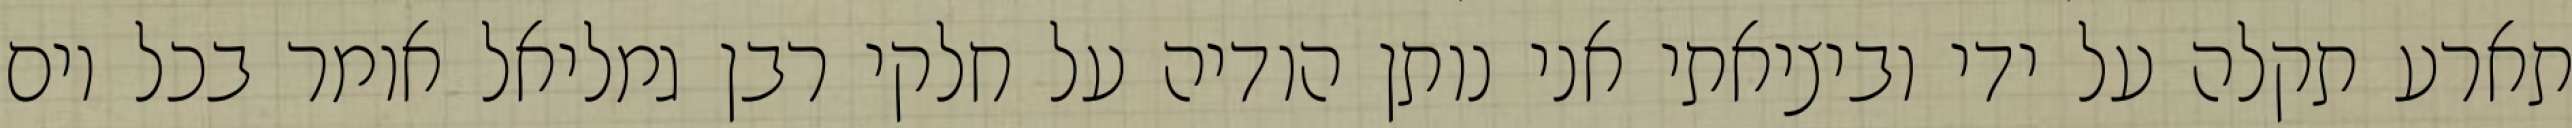
תארע תקלה על ידי וביציאתי אני נותן הודיה על חלקי רבן גמליאל אומר בכל יום